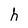
Character: h